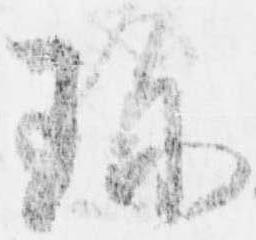
珍